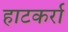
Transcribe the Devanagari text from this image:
हाटकर्रा